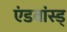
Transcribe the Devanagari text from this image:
एंडवांस्ड्